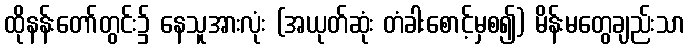
ထိုနန်းတော်တွင်း၌ နေသူအားလုံး (အယုတ်ဆုံး တံခါးစောင့်မှစ၍) မိန်းမတွေချည်းသာ